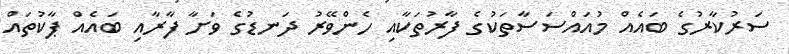
ސަރުކާރުގެ ބައެއް މުއައްސަސާތަކުގެ ފާރުތަކާއި ހެންވޭރު ދަނޑުގެ ވަށާ ފާރާއި ބައެއް ޕާކުތައް